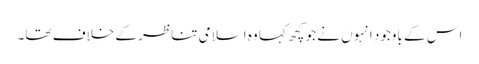
اس کے باوجود انہوں نے جو کچھ کہا وہ اسلامی تناظر کے خلاف تھا۔